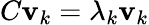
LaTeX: C\mathbf{v}_{k}=\lambda_{k}\mathbf{v}_{k}